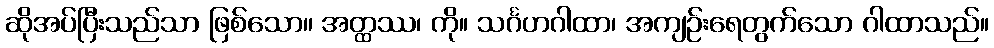
ဆိုအပ်ပြီးသည်သာ ဖြစ်သော။ အတ္ထဿ၊ ကို။ သင်္ဂဟဂါထာ၊ အကျဉ်းရေတွက်သော ဂါထာသည်။